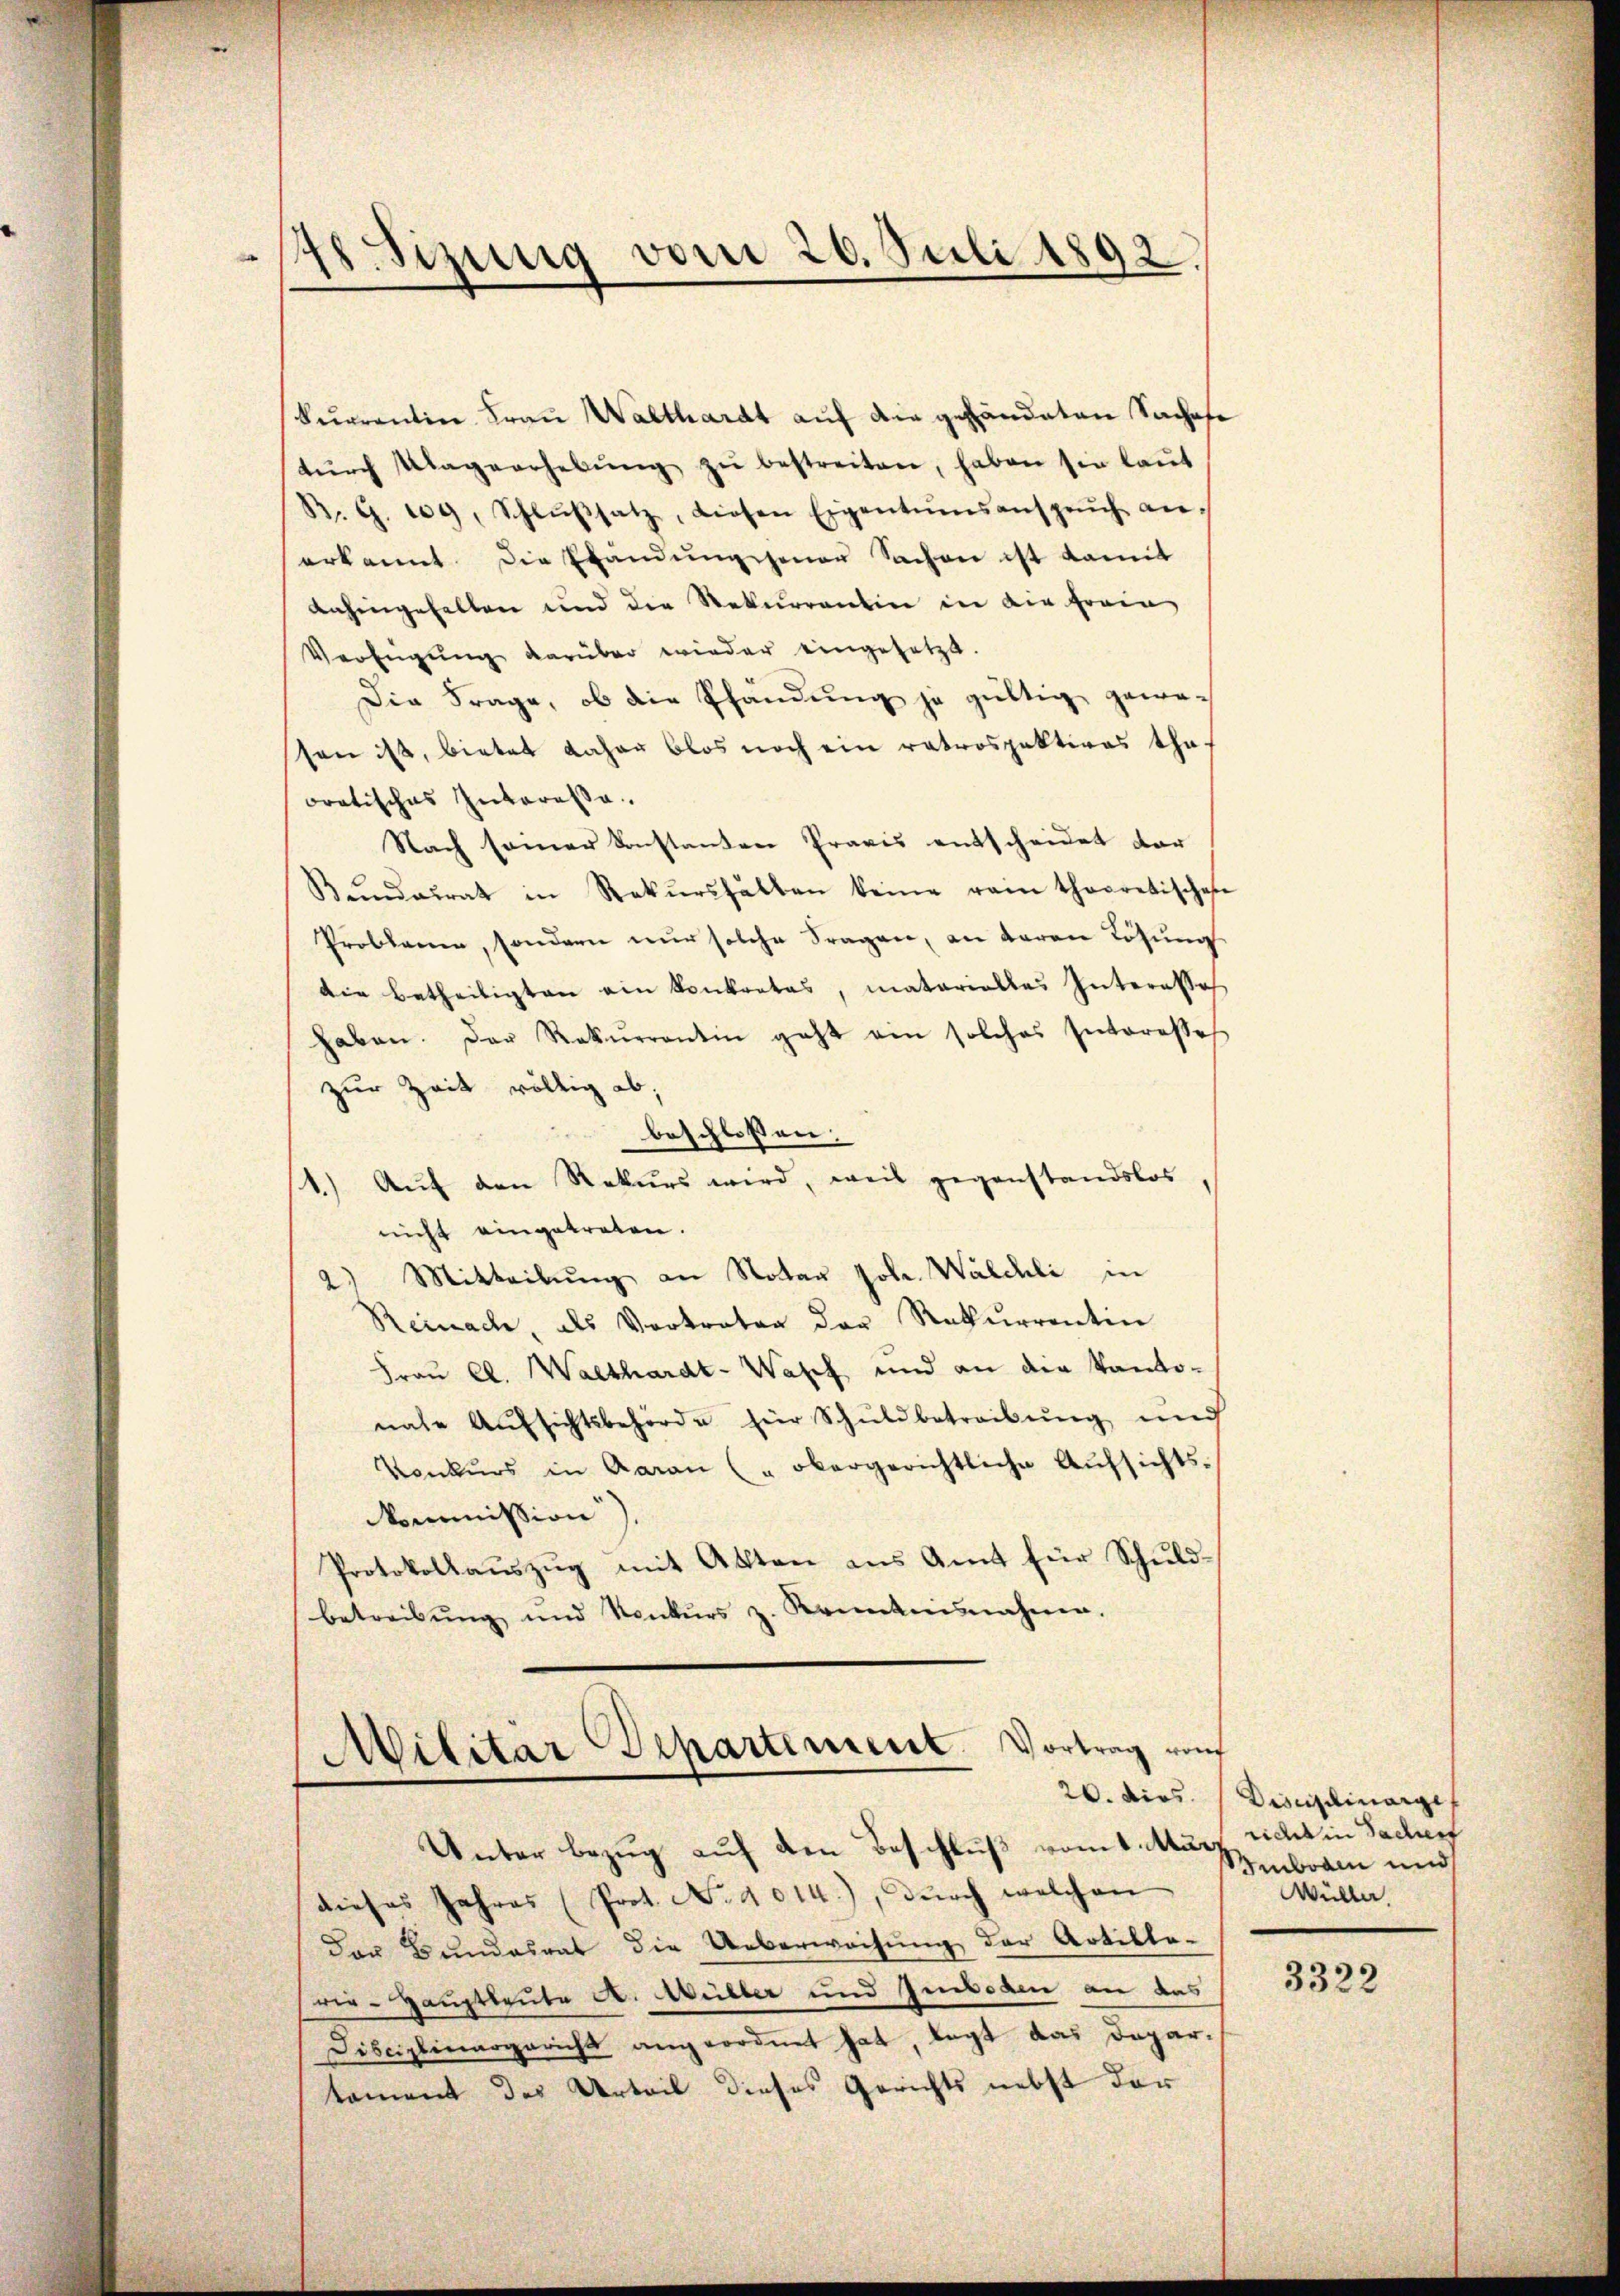
Surrentin Frau Walthardt auf die gehändeten Sachefe
tŭrch Ulagverhebŭng zŭ bestreiten, haben sie laŭt
B. G. 109, Schlŭβsatz, diesen Eigentumsansprŭch an.
erkannt. Die Elendung jener Sachen ist damit
anhingehalten und die Rekurrenten in die frain
Verfügŭng darüber wieder eingesetzt.
Die Frage, ob die Pfändung je gültig gewesen ist, bietet daher blos noch ein retrospektions tha-
oratisches Interessa
Nach seiner konstanten Praxis entscheidet dar
Bŭndesrat in Rekŭrshalten keine vom theoretischen
Problauen, sondern nur solche Fragen, an daran Lösung
die betheiligten ein konkretas, materialles Interesses
haben. Der Rekurrentin geht ein solches Interesses
zur Zeit völlig ab,
beschlossen:
1.) Auf den Rekurs wird, weil gegenstandslos
nicht eingetreten.
Mitteilung an Notar Joh. Walchli in
Reinach, als Vertratag der Rekurrentin
Frau Cl. Walthardt-Wasch und an die Kanto-
nate Aŭfsichtsbehörde hier Schŭldbetreibŭng und
Konkurs in Garan (" obergerichtliche Aufsichts-
ommission
Protokollauszug mit Akten aus Amt für Schuldbetreibŭng und Konkŭrs z. Krankensnahme.
Militar Departement. Vortrag von
Unter bezug auf den Beschluß vom 1. März
dieses Jahres (Prot. No. 4014.), dŭrch welchen
Der Bundesrat die Ueberweisung der Artille-
rer-Hauptleute A. Müller und Inboden an das
Disciplinargericht angeordnet hat, legt das Departament des Urteil dieses Gerichts nebst der

e
48. Sizung vom 20. Juli 1892.

20. dies Disciplinarge
richt in Sacherf
Buboden und
Wüller

3322